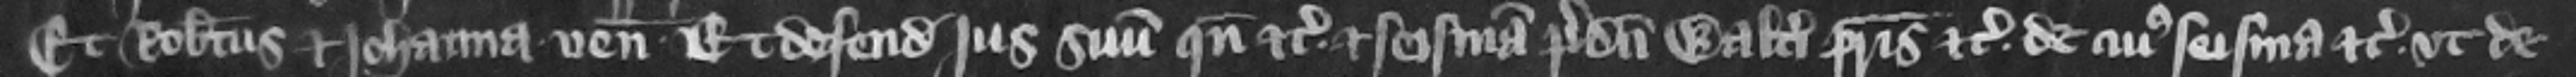
Et Robertus et Iohanna veniunt et defendunt jus suum quando etc. et seisinam predicti Walteri patris etc. de cuius seisina etc. vt de